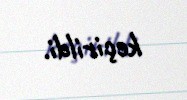
keçirildi.